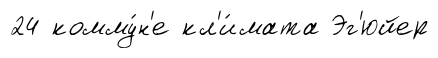
24 комму́н'е кл'и́мата Эг'юйер